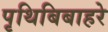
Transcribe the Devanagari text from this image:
पृथिबिबाहरे